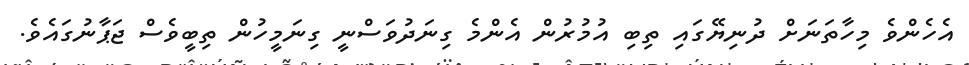
އެހެންވެ މިހާތަނަށް ދުނިޔޭގައި ތިބި އުމުރުން އެންމެ ގިނަދުވަސްނީ ގިނަމީހުން ތިބީވެސް ޖަޕާނުގައެވެ.